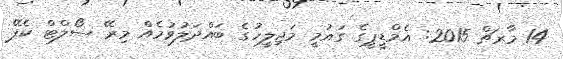
14 މާރޗް 2015: އެމްޑީޕީގެ ގައުމީ މަޖިލީހުގެ ބައްދަލުވުމެއް މިރޭ ސޯލްޓް ކެފޭ